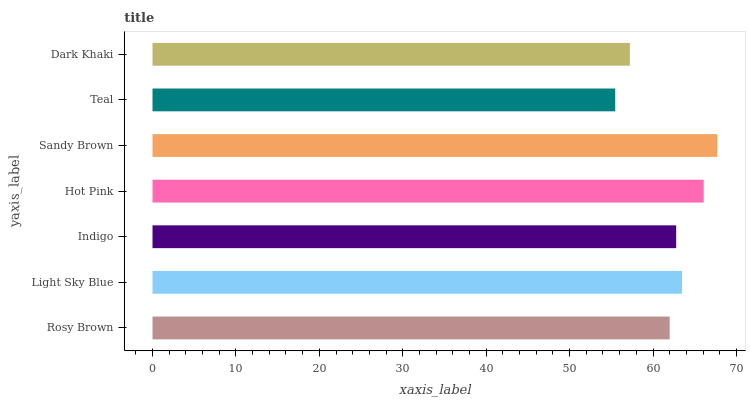
| yaxis_label | bars |
 | --- | --- |
 | Rosy Brown | 62 |
 | Light Sky Blue | 63.5 |
 | Indigo | 62.8 |
 | Hot Pink | 66.1 |
 | Sandy Brown | 67.7 |
 | Teal | 55.5 |
 | Dark Khaki | 57.2 |